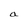
Character: a